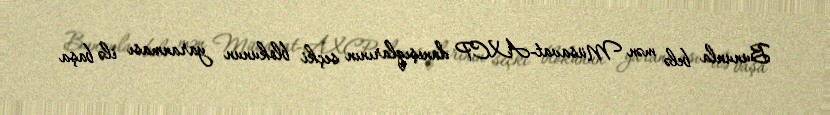
Bununla belə mən Müsavat-AXCP danışıqlarının seçki blokunun yaranması ilə başa